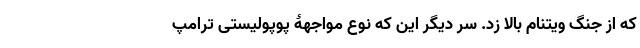
که از جنگ ویتنام بالا زد. سر دیگر این که نوع مواجهۀ پوپولیستی ترامپ